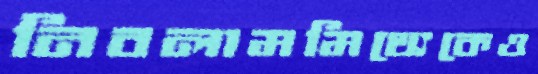
নিবলামমিথ্যেকেও